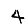
Digit: 4